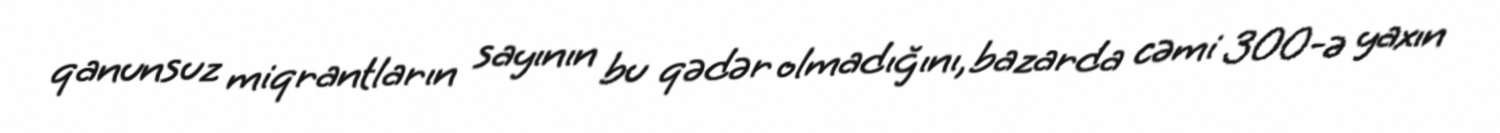
qanunsuz miqrantların sayının bu qədər olmadığını, bazarda cəmi 300-ə yaxın